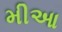
મીઆ